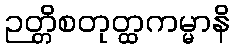
ဉတ္တိစတုတ္ထကမ္မာနိ